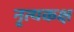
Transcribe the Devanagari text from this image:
नृत्यकक्ष